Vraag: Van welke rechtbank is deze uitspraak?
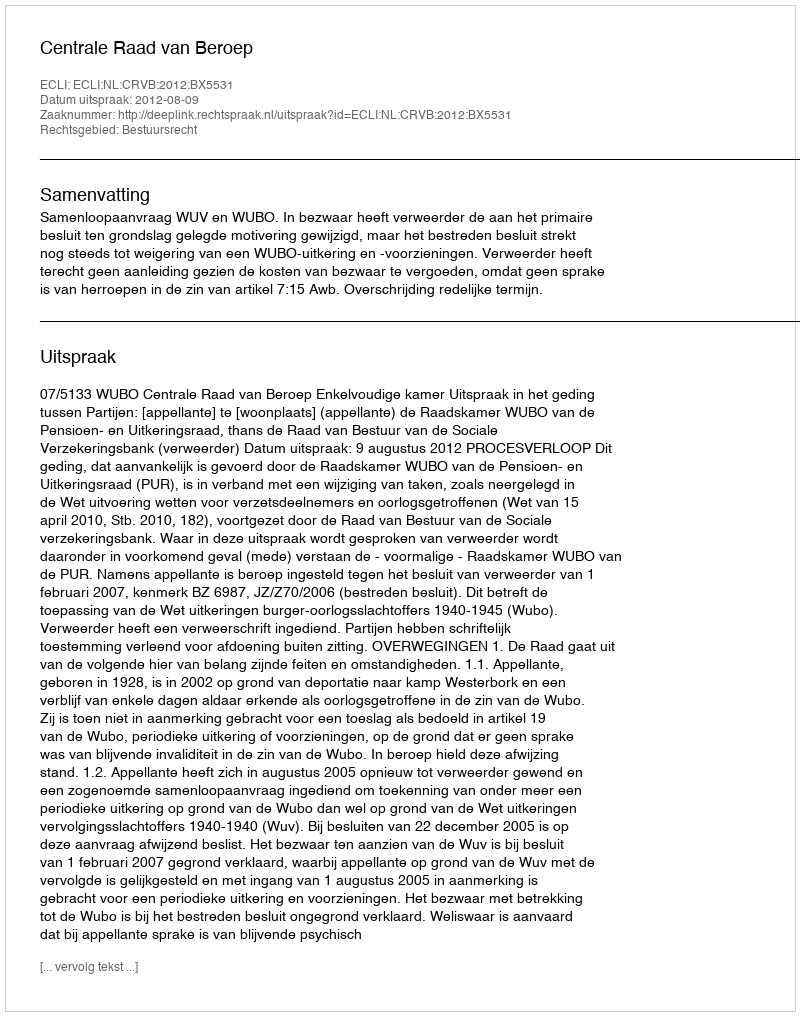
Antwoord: Centrale Raad van Beroep